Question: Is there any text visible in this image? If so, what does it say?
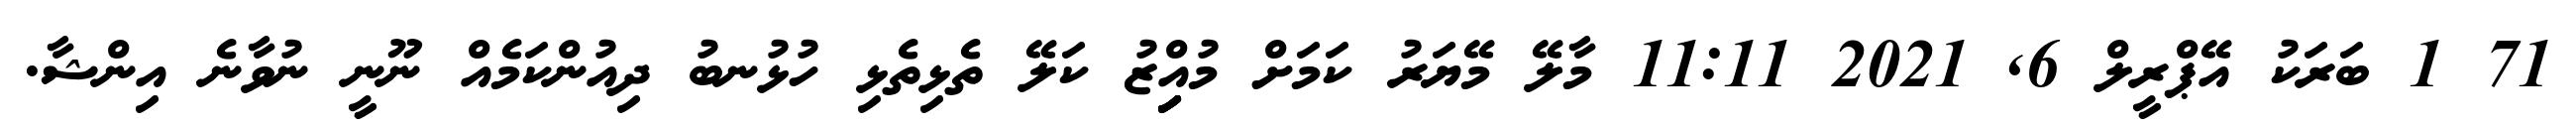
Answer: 71 1 ބަރަކު އޭޕްރީލް 6, 2021 11:11 މާލޭ މޭޔަރު ކަމަށް މުއިިިިިްޒު ކަލޭ ތެޅިތެޅި ހުޅުނބު ދިއުންކަމެއް ނޫނީ ނުވާނެ އިންޝާ.